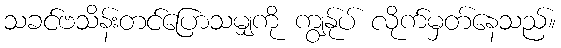
သခင်ဗသိန်းတင်ပြောသမျှကို ကျွန်ုပ် လိုက်မှတ်နေသည်။